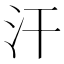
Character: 汗